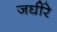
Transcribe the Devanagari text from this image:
जघीरे